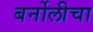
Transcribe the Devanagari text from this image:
बर्नोलीचा